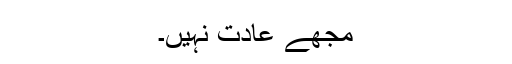
مجھے عادت نہیں۔